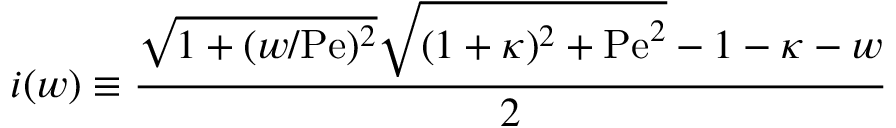
i ( w ) \equiv \frac { \sqrt { 1 + ( w / \mathrm { P e } ) ^ { 2 } } \sqrt { ( 1 + \kappa ) ^ { 2 } + \mathrm { P e } ^ { 2 } } - 1 - \kappa - w } { 2 }